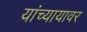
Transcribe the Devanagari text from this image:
यांच्यायावर